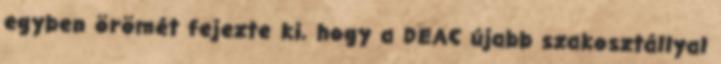
egyben örömét fejezte ki, hogy a DEAC újabb szakosztállyal